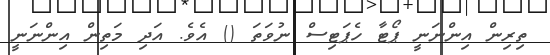
ތިރިން އިންނަނީ ޕޯޓާ ހެޕަޓިސް ނުވަތަ () އެވެ. އަދި މަތިން އިންނަނީ